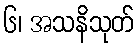
၆၊ အသနိသုတ်